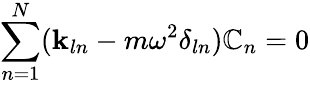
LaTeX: \sum_{n=1}^{N}(\mathbf{k}_{ln}-m\omega^{2}\delta_{ln})\mathbb{C}_{n}=0